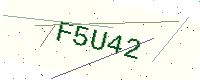
Text: F5U42